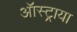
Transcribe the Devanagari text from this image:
ऑस्ट्राया